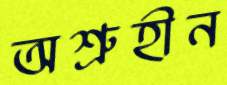
অশ্রুহীন